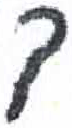
אות: ך